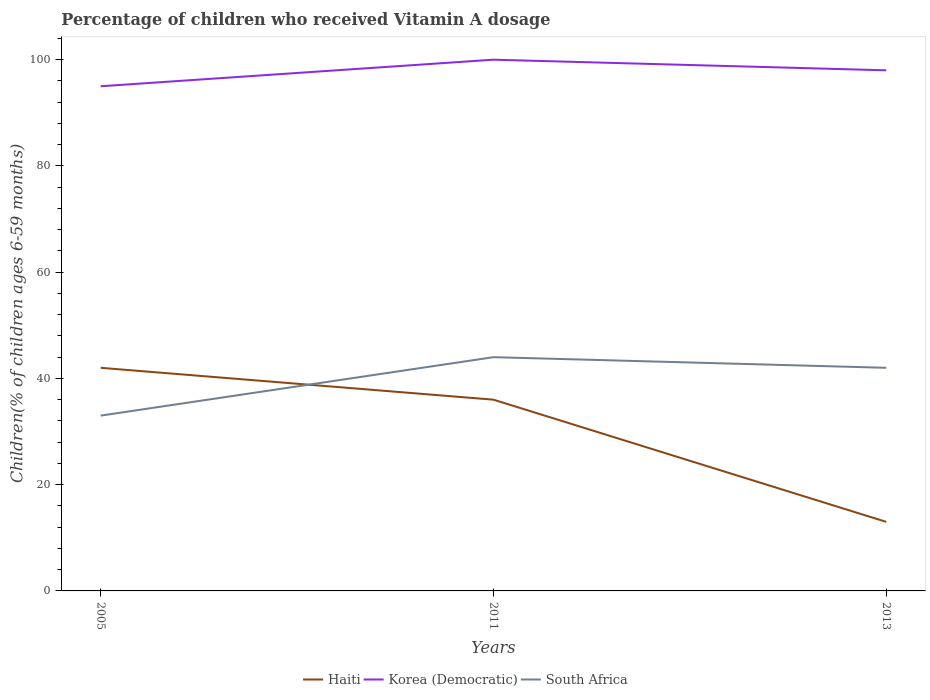
| Years | Haiti | Korea (Democratic) | South Africa |
 | --- | --- | --- | --- |
 | 2005 | 42 | 95 | 33 |
 | 2011 | 36 | 100 | 44 |
 | 2013 | 13 | 98 | 42 |